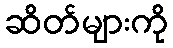
ဆိတ်များကို